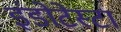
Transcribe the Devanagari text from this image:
इंडोटेस्टा